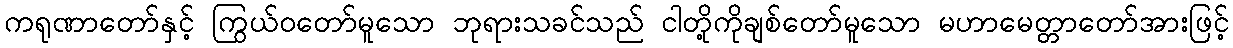
ကရုဏာတော်နှင့် ကြွယ်ဝတော်မူသော ဘုရားသခင်သည် ငါတို့ကိုချစ်တော်မူသော မဟာမေတ္တာတော်အားဖြင့်